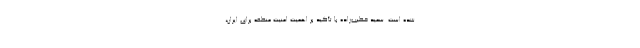
شده است. سعید خطیب‌زاده با تأکید بر اهمیت امنیت منطقه برای ایران،